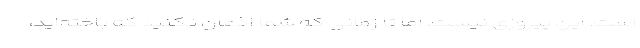
است. این پیروزی نیست، اما تا زمانی که شما اذعان نکنید که باخته‌اید،